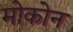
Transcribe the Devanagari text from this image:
मोकोन